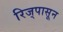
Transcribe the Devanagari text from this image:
रिज्‌पासून